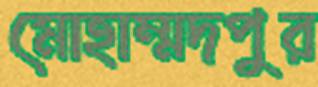
মোহাম্মদপুর